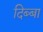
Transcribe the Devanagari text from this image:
दिब्बा